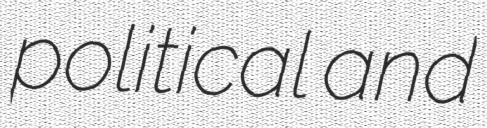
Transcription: political and